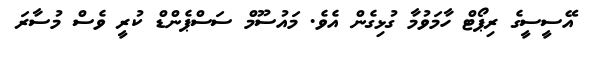
އޭސީސީގެ ރިޕޯޓް ހާމަވުމާ ގުޅިގެން އެވެ. މައުސޫމް ސަސްޕެންޑް ކުރީ ވެސް މުސާރަ